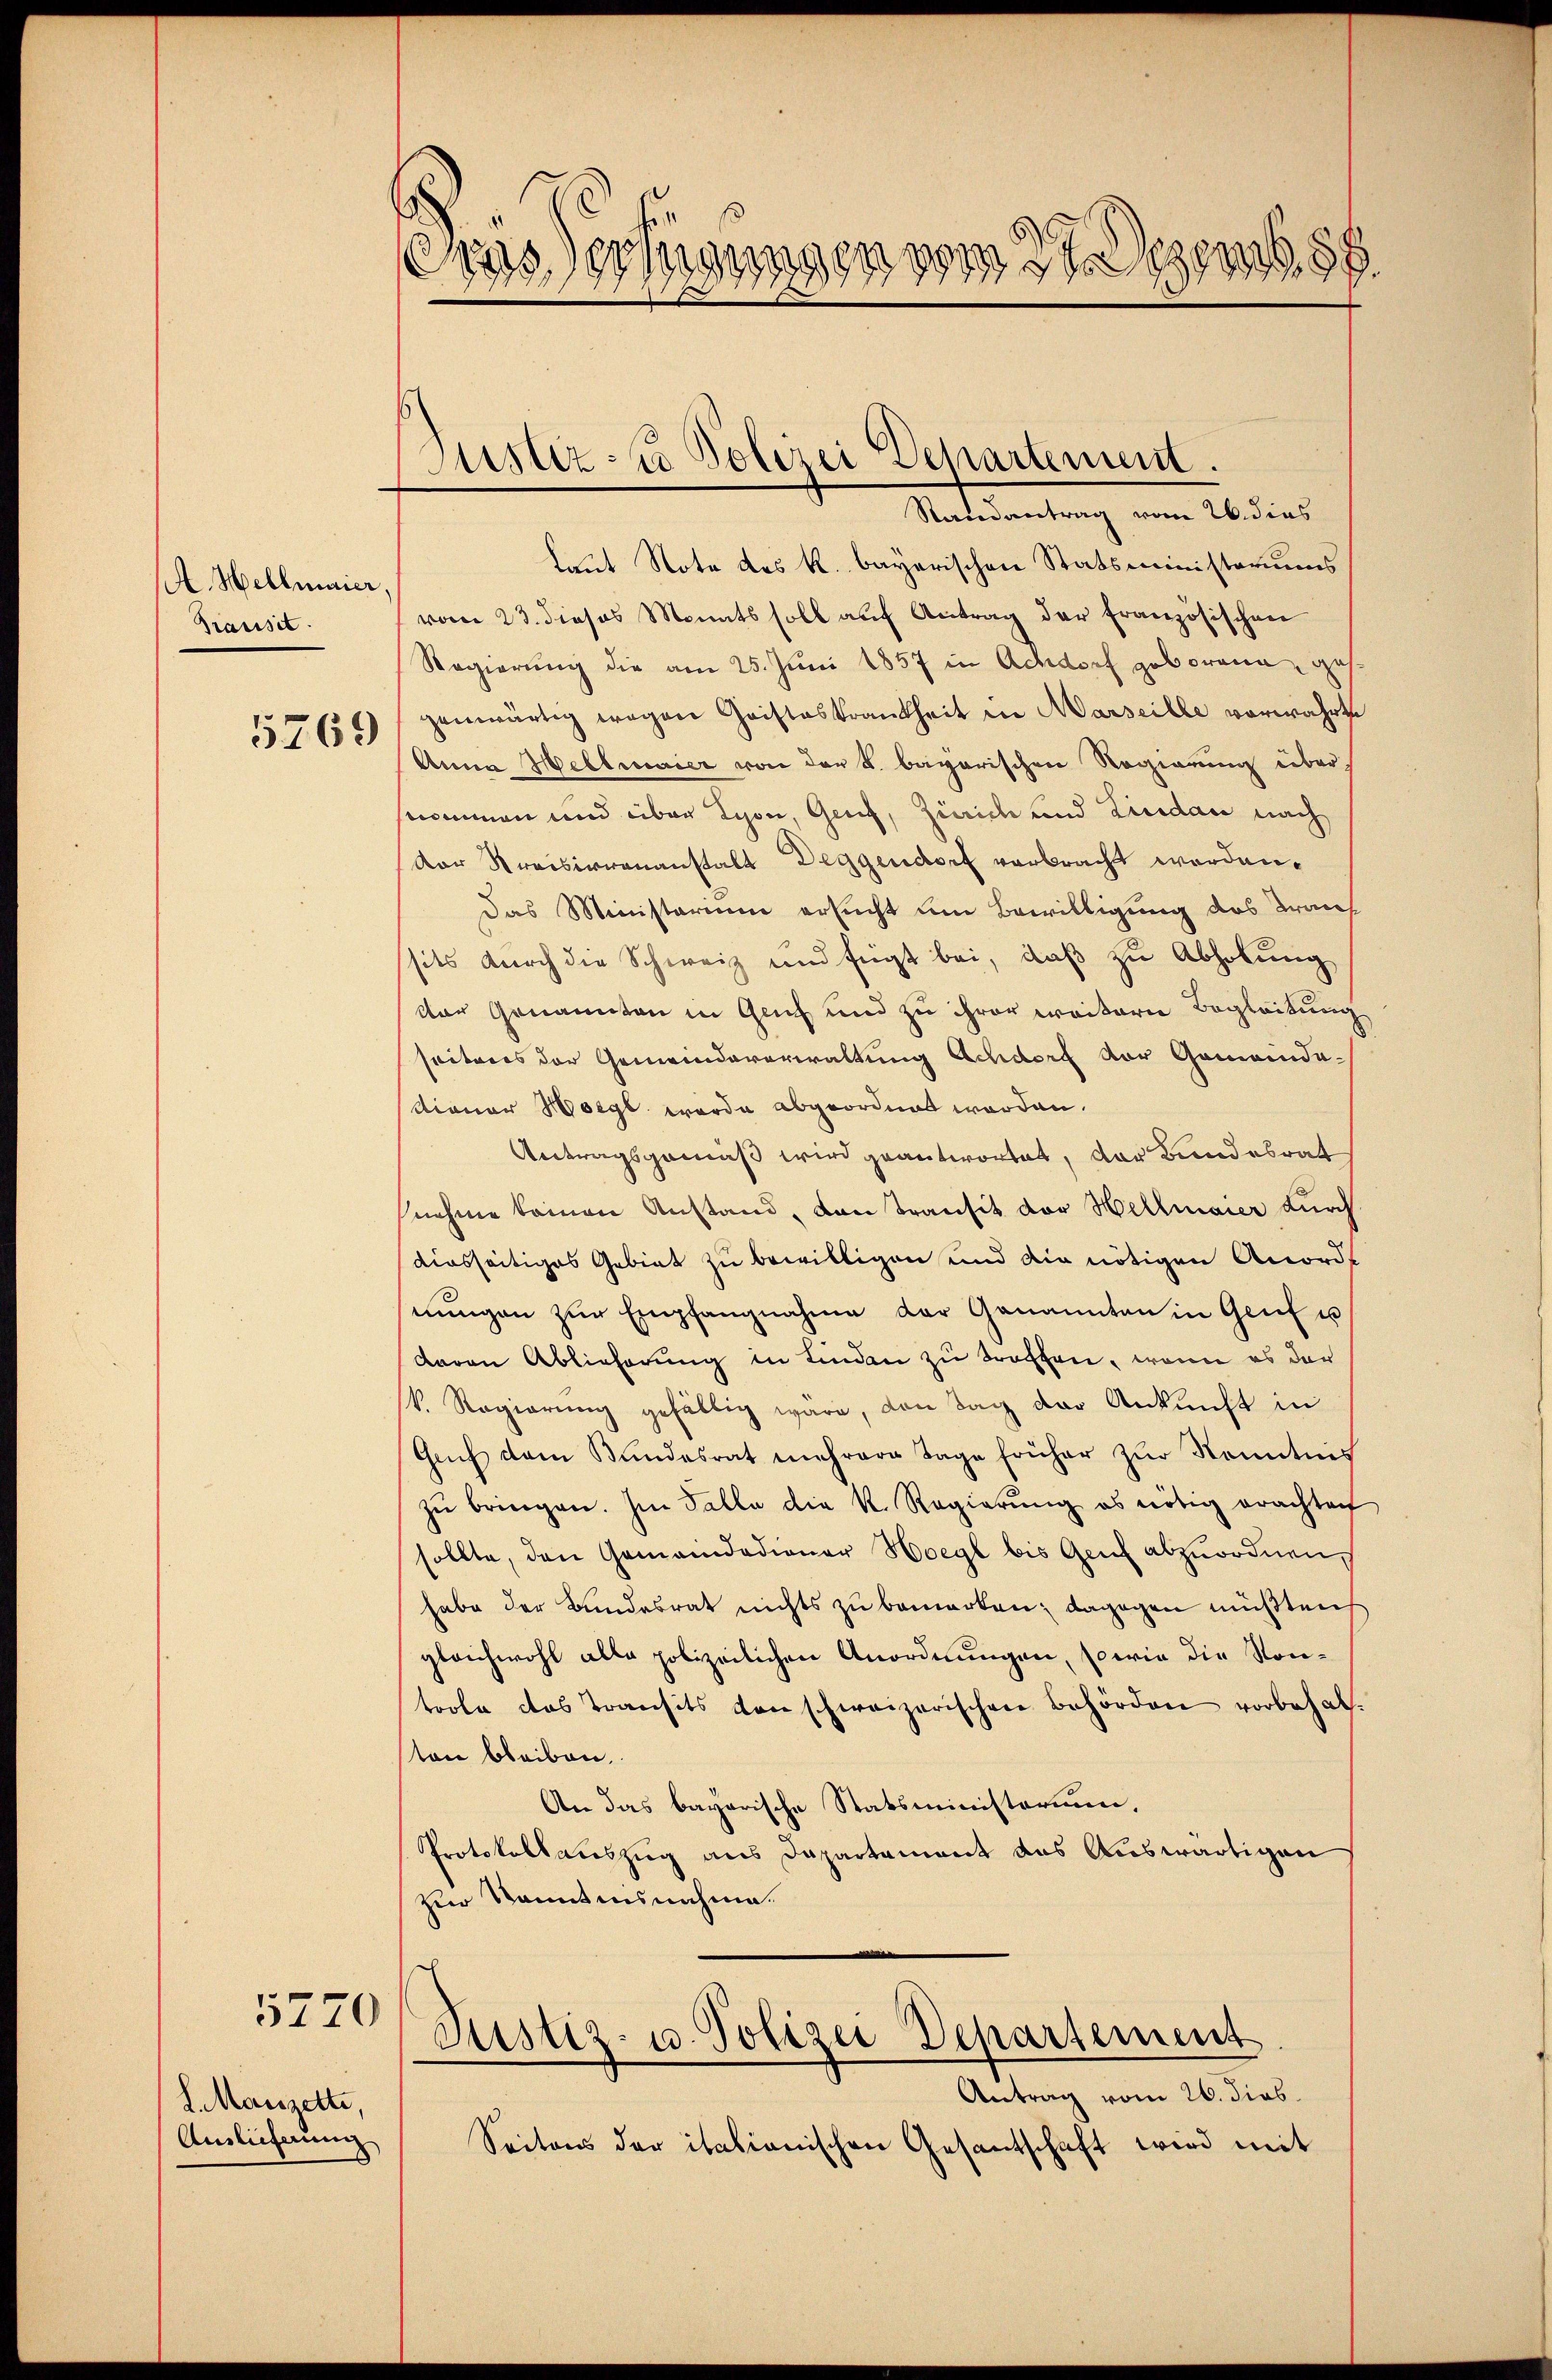
A. Hellmaier,
Prausit.

5769

5770

S. Manzelte,
Auslieferung

ets ergangen vom

Justiz- & Polizei Departement.
Randantrag vom 26. dies

laut Note des k. bayerischen Statsministeriums
vom 23. dieses Monats soll auf Antrag der französischen
Regierung die am 25. Juni 1857 in Achdorf geborene, gese
genwärtig wegen Cristeskrankheit in Marseille vorwahrte
Anna Hellmaier von der k. bayerischen Regierung über,
scommen und über Lyon, Genf, Zürich und Lindau nach
dor Kreisierenanstalt Deggendorf verbracht worden.
Das Ministerium ersucht um Bewilligung des Trauf
sits durch die Schweiz und fügt bei, daß zu Abholung
der Genannten in Genf und zu ihrer weitern Begleitung
seiteres der Gemeindeverwaltung Achdorf vor Gemeinde-
diener Morge werde abgeordnet worden.
Antragsgemäß wird geantwortet, der Bundesrat
nahme keinen Anstand, von Transit der Hellmaier durch
dinsseitiges Gebiet zu bewilligen und die nötigen Anorde
nŭngen zŭr Empfangnahme der Genannten in Genf u
daran Ablieferung in Linden zu treffen, wenn es der
k. Regierung gefällig wäre, von Tag der Ankunft in
Grf dem Bŭndesrat mehrere Tage früher zŭr Kenntnis
zŭ bringen. Im Falle die K. Regierŭng es nötig erachte
sollte, den Gemeindadianer Hoegl bis Genf abzuordnen
habe der Bundesrat nichts zu bemerken; dagegen müßten
gleichwohl alle polizeilichen Anordnungen, sowie die Nontorte das Transits von schweizerischen Behörden vorbehaltone bleiben.
An das bayerische Statsministerium,
Protokollauszug aus Departament das Auswärtigen
zur Sonntensnahme.

Justiz- u. Polizei Departement
Antrag vom 26. dies

Seitens der italienischen Gesantschaft wird mit